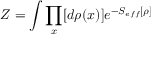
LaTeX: Z = \int \prod _ { x } [ d \rho ( x ) ] e ^ { - S _ { e f f } [ \rho ] }